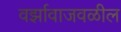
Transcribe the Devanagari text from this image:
वर्झावाजवळील